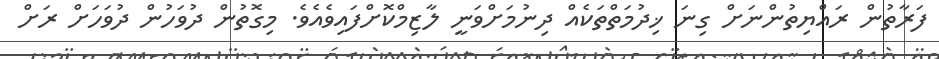
ފަރާތުން ރައްޔިތުންނަށް ގިނަ ޚިދުމަތްތަކެއް ދިނުމަށްވަނީ ލާޒިމްކޮށްފައިވެއެވެ. މިގޮތުން ދުވަހުން ދުވަހަށް ރަށް